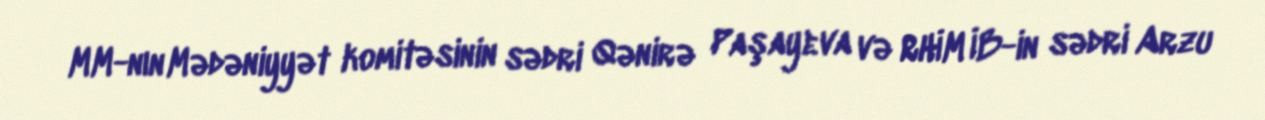
MM-nın Mədəniyyət komitəsinin sədri Qənirə Paşayeva və RHİM İB-in sədri Arzu